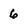
Character: 6